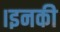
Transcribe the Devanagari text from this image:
।इनकी